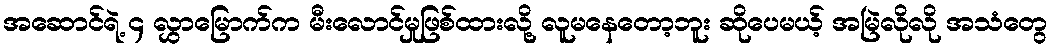
အဆောင်ရဲ့ ၄ လွှာမြောက်က မီးလောင်မှုဖြစ်ထားလို့ လူမနေတော့ဘူး ဆိုပေမယ့် အမြဲလိုလို အသံတွေ